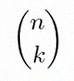
\binom{n}{k}